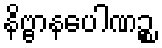
နိဗ္ဗာနပေါဏဉ္စ